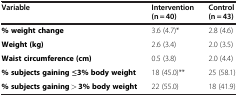
<table><thead><tr><td><b>Variable</b></td><td><b>Intervention (n = 40)</b></td><td><b>Control (n = 43)</b></td></tr></thead><tbody><tr><td><b>% weight change</b></td><td>3.6 (4.7)*</td><td>2.8 (4.6)</td></tr><tr><td><b>Weight (kg)</b></td><td>2.6 (3.4)</td><td>2.0 (3.5)</td></tr><tr><td><b>Waist circumference (cm)</b></td><td>0.5 (3.8)</td><td>2.0 (4.4)</td></tr><tr><td><b>% subjects gaining ≤3% body weight</b></td><td>18 (45.0)**</td><td>25 (58.1)</td></tr><tr><td><b>% subjects gaining &gt; 3% body weight</b></td><td>22 (55.0)</td><td>18 (41.9)</td></tr></tbody></table>